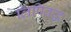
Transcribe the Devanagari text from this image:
लिपिवद्ध